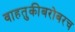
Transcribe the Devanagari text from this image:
वाहतुकीबरोबरच